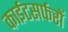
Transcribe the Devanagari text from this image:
काईटसर्फरों